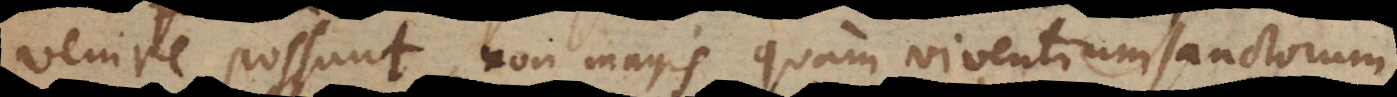
venire possunt, non magis quam viventium Sanctorum